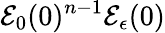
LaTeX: \mathcal{E}_{0}(0)^{n-1}\mathcal{E}_{\epsilon}(0)